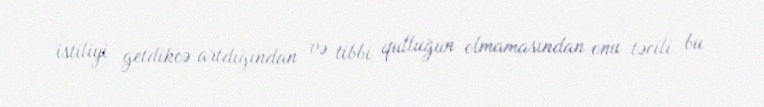
istiliyi getdikcə artdığından və tibbi qulluğun olmamasından onu təcili bu